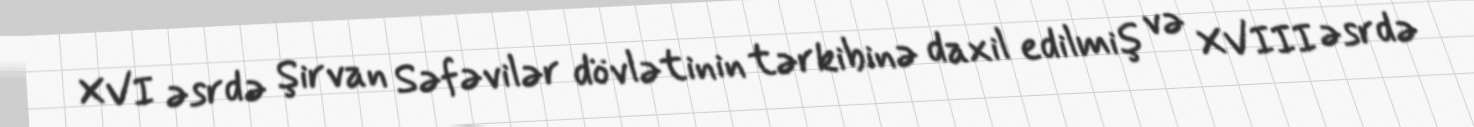
XVI əsrdə Şirvan Səfəvilər dövlətinin tərkibinə daxil edilmiş və XVIII əsrdə